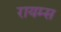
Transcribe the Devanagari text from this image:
रायम्स